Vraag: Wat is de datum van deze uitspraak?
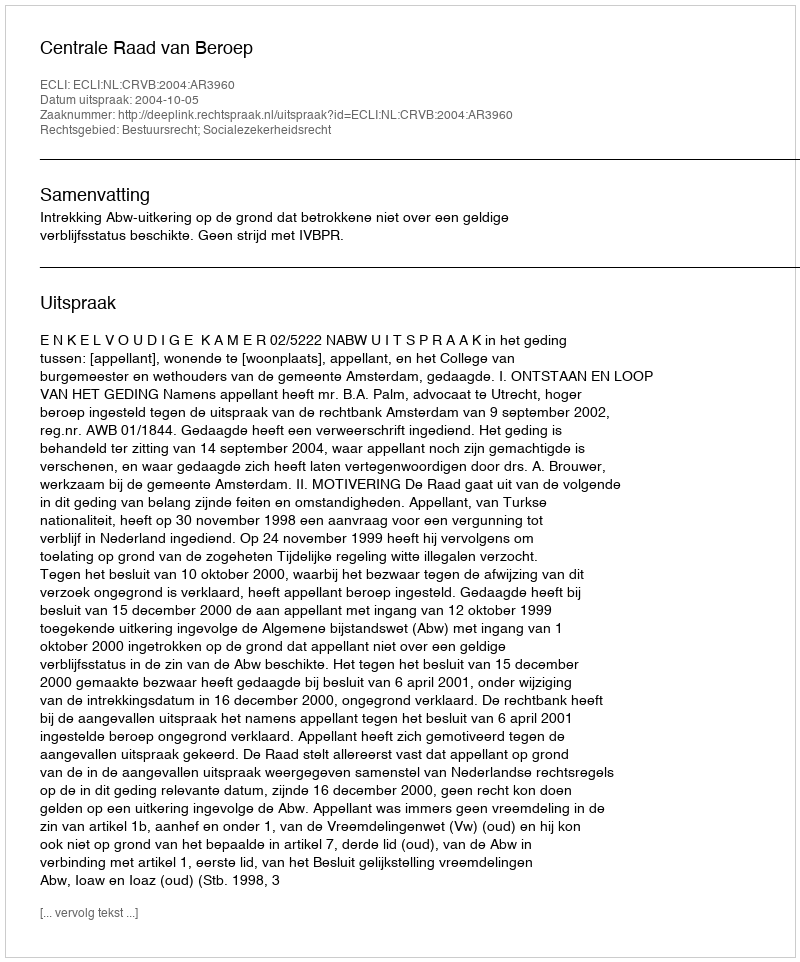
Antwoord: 2004-10-05